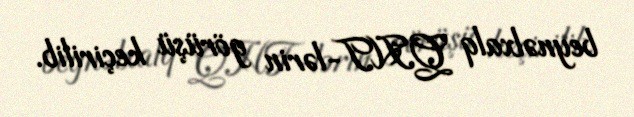
beynəlxalq QHT-lərin görüşü keçirilib.